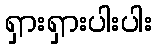
ရှားရှားပါးပါး